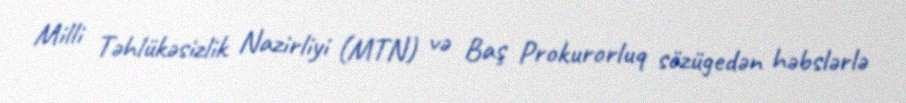
Milli Təhlükəsizlik Nazirliyi (MTN) və Baş Prokurorluq sözügedən həbslərlə